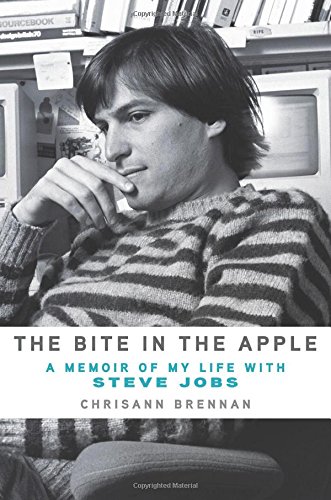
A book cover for The Bite in the Apple: A Memoir of My Life with Steve Jobs; Chrisann Brennan; Computers & Technology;